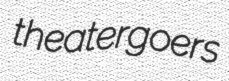
theatergoers